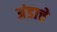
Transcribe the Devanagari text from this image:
अंडाचे